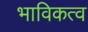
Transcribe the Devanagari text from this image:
भाविकत्व